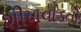
શીખવાડતો